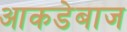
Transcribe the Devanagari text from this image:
आकडेबाज